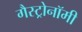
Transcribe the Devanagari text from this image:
गैस्ट्रोनॉमी